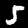
Digit: 5